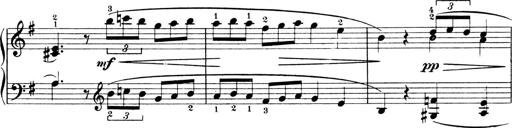
Title: 4 Sonatines
Composer: Max Reger